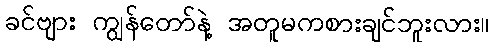
ခင်ဗျား ကျွန်တော်နဲ့ အတူမကစားချင်ဘူးလား။